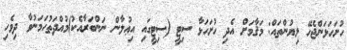
ހުށަހަޅަންޖެހޭ ލިޔުންތައް: މަޤާމަށް އެދި ހުށަހަޅާ ސިޓީ (ސިޓީގައި އިޢުލާން ނަންބަރާއެކު)މުއްދަތުހަމަނުވާ ދިވެހި